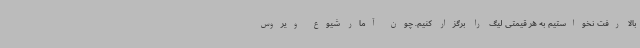
بالا رفت نخواستیم به هر قیمتی لیگ را برگزار کنیم. چون آمار شیوع ویروس